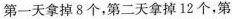
第一天拿掉8个，第二天拿掉12个，第